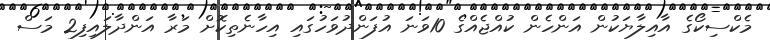
މެކްސިކޯގެ އާއިލާޔަކުން އަންހެން ކުއްޖެއްގެ 10ވަނަ އުފަންދުވަހުގައި އިހާނެތިކޮށް މަރާ އަންދާލައިފި2 މަސް